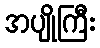
အပျိုကြီး